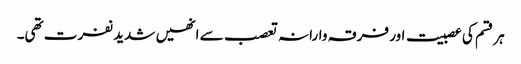
ہر قسم کی عصبیت اور فرقہ وارانہ تعصب سے انھیں شدید نفرت تھی۔